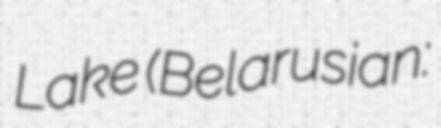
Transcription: Lake (Belarusian: